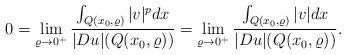
LaTeX: \begin{align*}\displaystyle{0= \lim_{\varrho \to 0^+}\frac{\int_{Q(x_0,\varrho)} |v|^p dx}{|Du|(Q(x_0,\varrho))} = \lim_{\varrho \to 0^+}\frac{\int_{Q(x_0,\varrho)} |v|dx}{|Du|(Q(x_0,\varrho))}.}\end{align*}